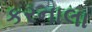
કરનાલા